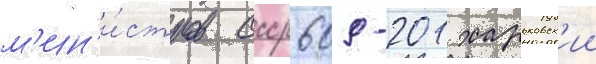
м'ин'и́стров ссср 609-201 харьковск'ии